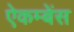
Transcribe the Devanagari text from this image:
ऐकम्बेंस